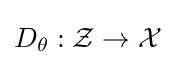
D_{\theta }:{\mathcal {Z}}\rightarrow {\mathcal {X}}